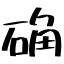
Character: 确